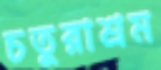
চতুরাশ্রম